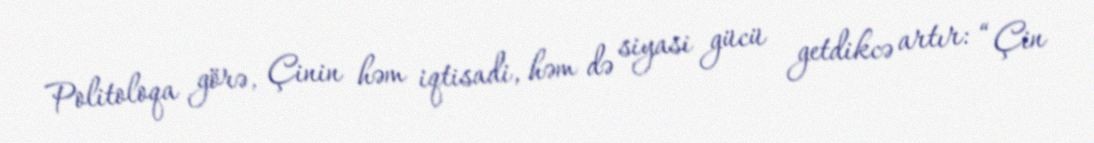
Politoloqa görə, Çinin həm iqtisadi, həm də siyasi gücü getdikcə artır: “Çin